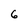
Character: 6